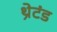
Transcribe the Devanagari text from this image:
थ्रेटंड